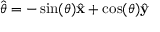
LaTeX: { \hat { \boldsymbol { \theta } } } = - \sin ( \theta ) { \hat { \mathbf { x } } } + \cos ( \theta ) { \hat { \mathbf { y } } }